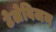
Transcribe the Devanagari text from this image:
टेलेविजन